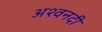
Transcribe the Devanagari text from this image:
अश्वनदी